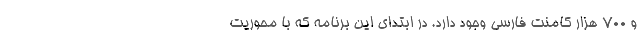
و 700 هزار کامنت فارسی وجود دارد. در ابتدای این برنامه که با محوریت